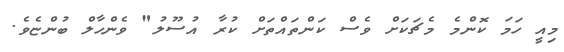
މިއީ ހަމަ ކޮންމެ މެޗަކަށް ވެސް ކަންތައްތަށް ކުރާ އުސޫލު" ވެންހާލް ބުންޏެވެ.